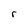
Character: r